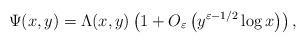
LaTeX: \begin{align*} \Psi(x,y) = \Lambda(x,y) \left(1+O_{\varepsilon}\left(y^{\varepsilon-1/2}\log x\right)\right),\end{align*}